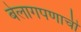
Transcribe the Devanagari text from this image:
बेलागपणाची